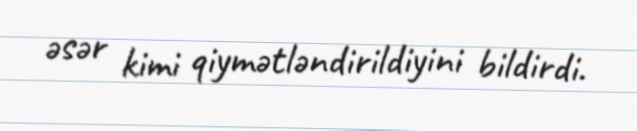
əsər kimi qiymətləndirildiyini bildirdi.